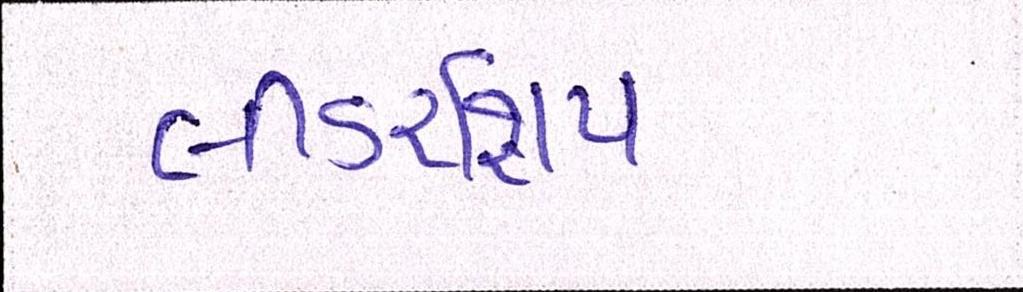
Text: લીડરશિપ